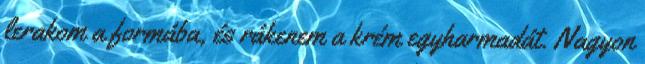
lerakom a formába, és rákenem a krém egyharmadát. Nagyon